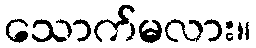
သောက်မလား။